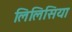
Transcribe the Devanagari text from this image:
लिलिसिया